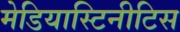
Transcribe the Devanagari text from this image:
मेडियास्टिनीटिस